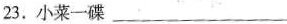
23.小菜一碟___